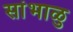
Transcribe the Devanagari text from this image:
सांभाळु